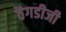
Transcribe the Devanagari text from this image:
ठेंगडीजी